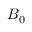
\boldsymbol { B } _ { 0 }